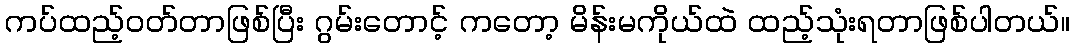
ကပ်ထည့်ဝတ်တာဖြစ်ပြီး ဂွမ်းတောင့် ကတော့ မိန်းမကိုယ်ထဲ ထည့်သုံးရတာဖြစ်ပါတယ်။